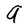
Character: a